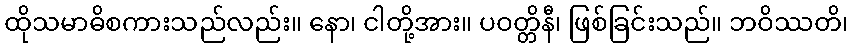
ထိုသမာဓိစကားသည်လည်း။ နော၊ ငါတို့အား။ ပဝတ္တိနီ၊ ဖြစ်ခြင်းသည်။ ဘဝိဿတိ၊